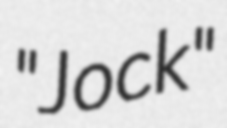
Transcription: "Jock"